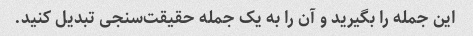
این جمله را بگیرید و آن را به یک جمله حقیقت‌سنجی تبدیل کنید.